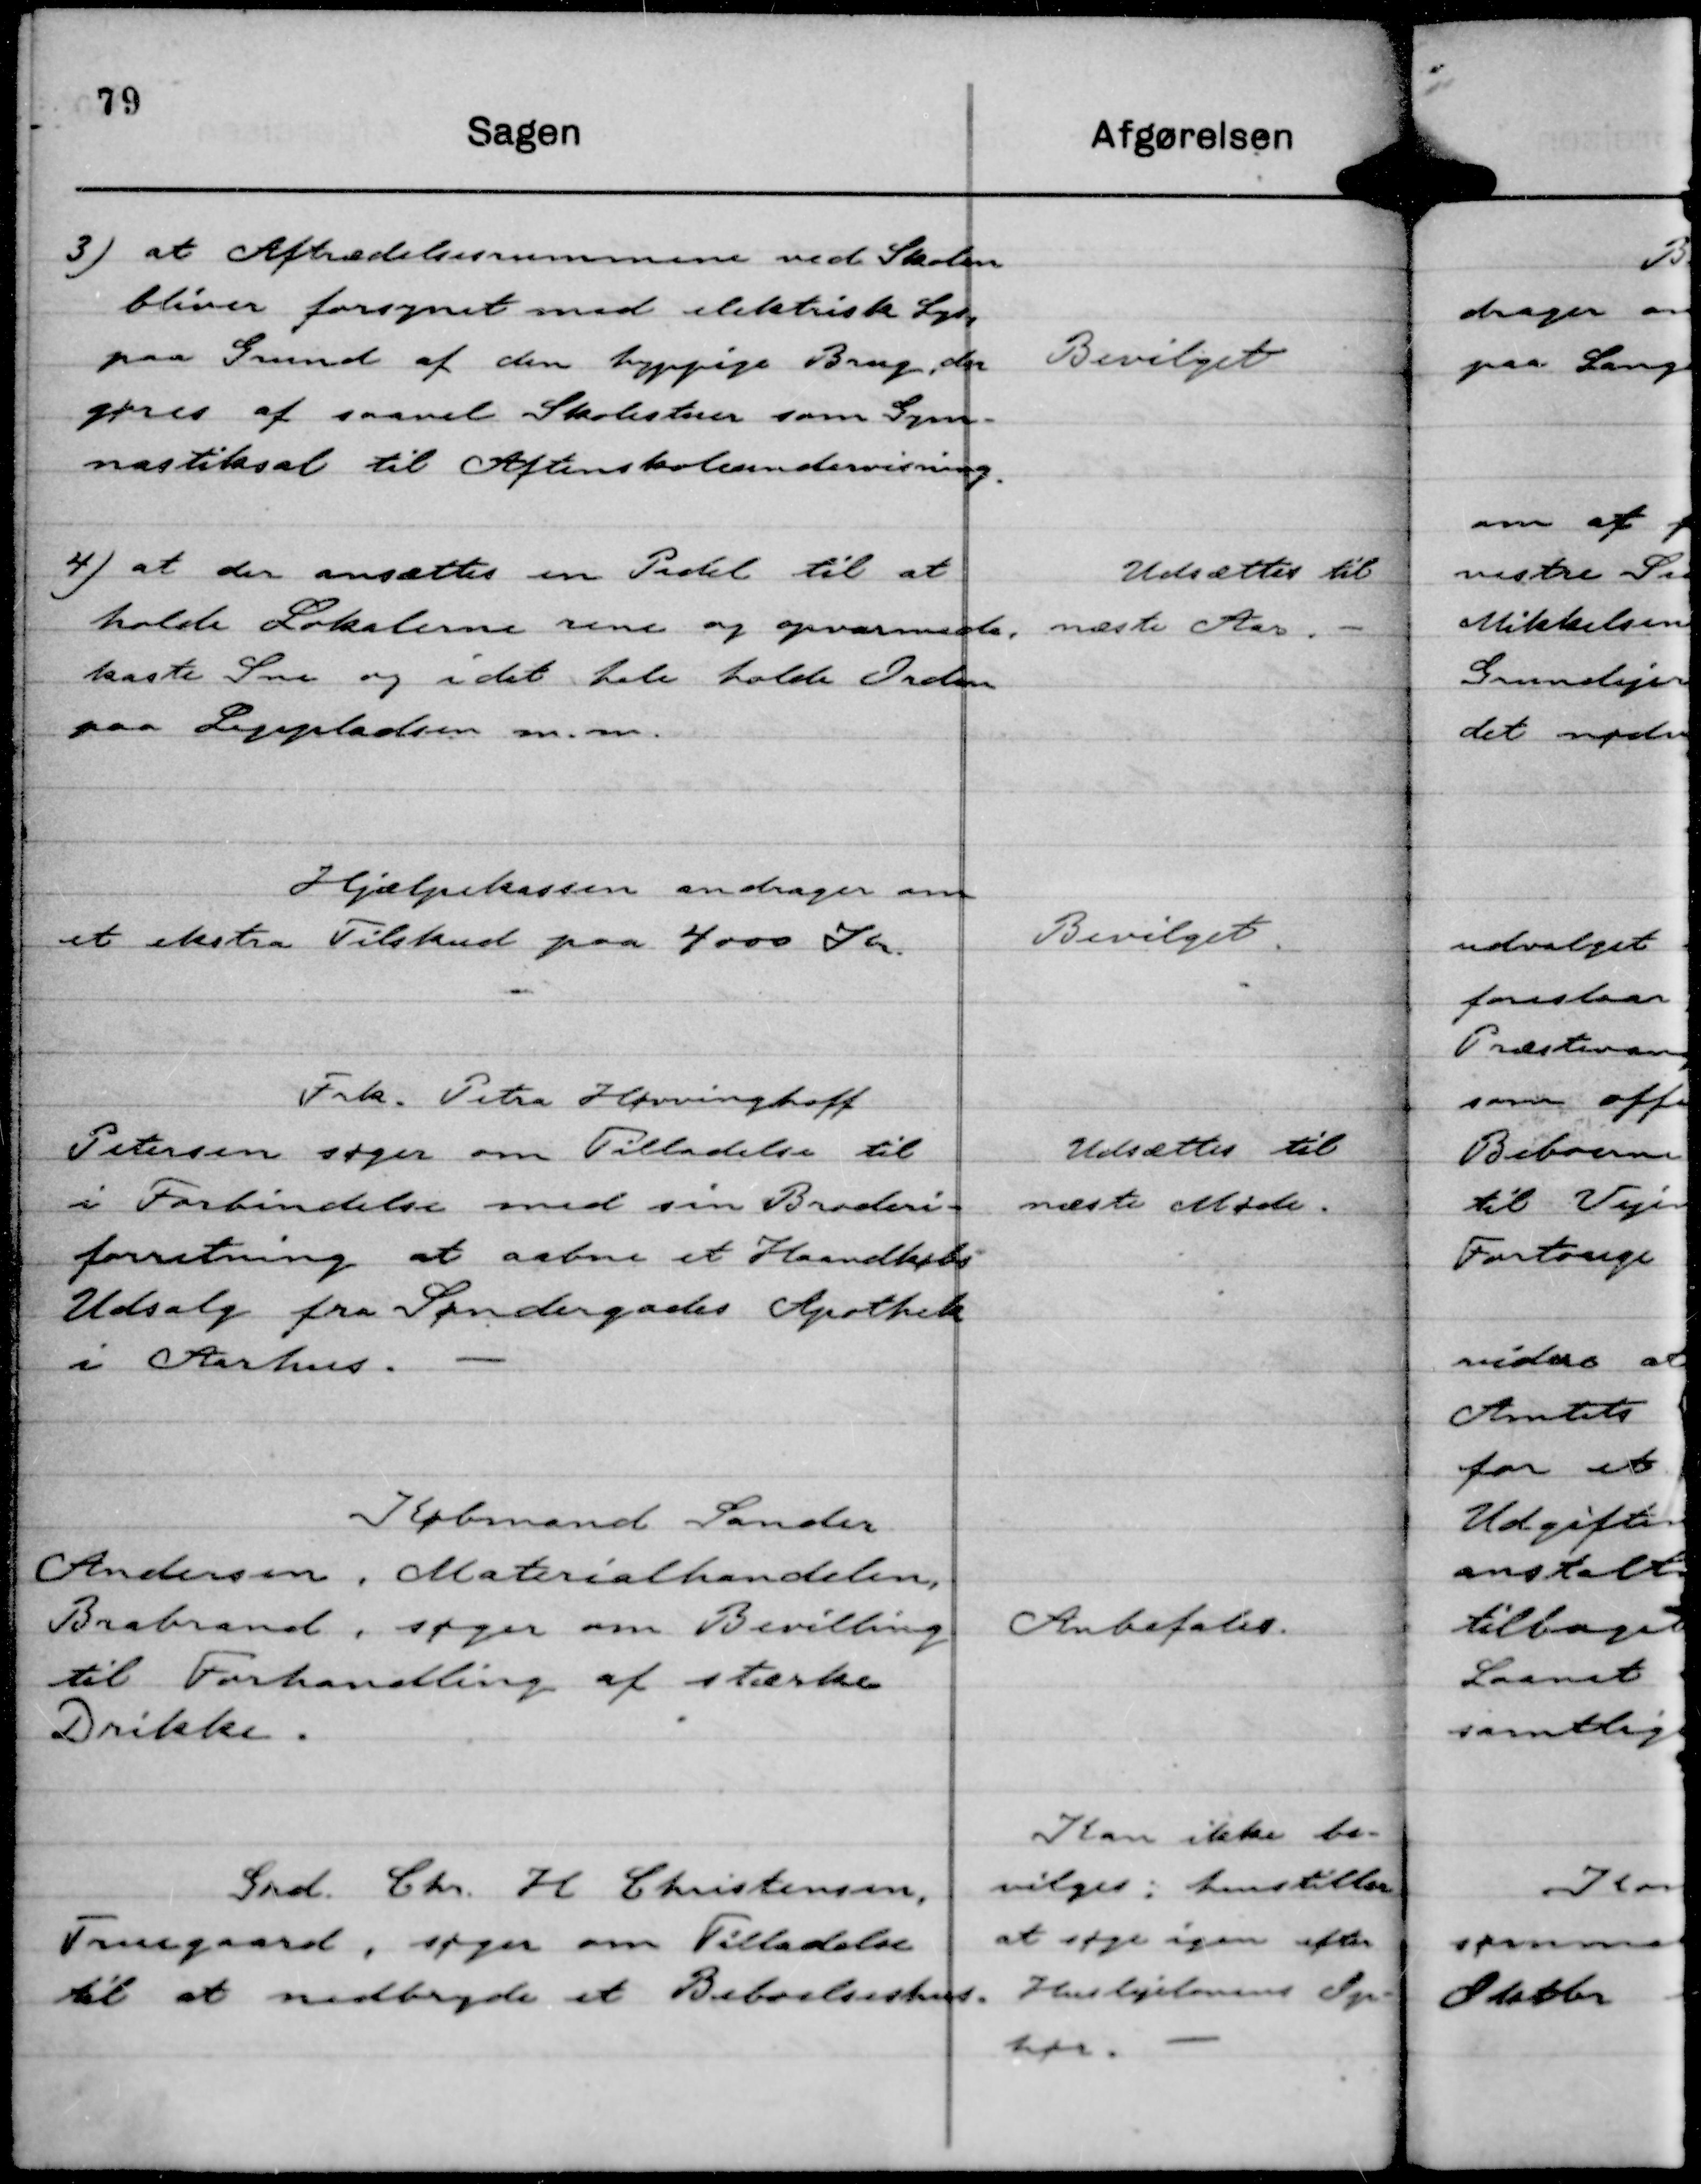
Transskription:
3) at Aftrædelsesrummene ved Skolen
bliver forsynet med elektrisk Lys,
paa Grund af den hyppige Brug, der
gøres af saavel Skolestuer som Gym-
nastiksal til Aftenskoleundervisning.

Bevilget

4) at der ansættes en Pedel til at
holde Lokalerne rene og opvarmede,
kaste Sne og idet hele holde Orden
paa Legepladsen m. m.

Udsættes til
næste Aar.

Hjælpekassen andrager om
et ekstra Tilskud paa 4000 Kr.

Bevilget.

Frk. Petra Høvvinghoff
Petersen søger om Tilladelse til
i Forbindelse med sin Broderi-
forretning at aabne et Haandkøbs
Udsalg fra Søndersgades Apothek
i Aarhus.

Udsættes til
næste Møde.

Købmand Sander
Andersen, Materialhandelen,
Brabrand, søger om Bevilling
til Forhandling af stærke
Drikke.

Anbefales.

Grd. Chr. H Christensen,
Tousgaard, søger om Tilladelse
til at nedbryde et Beboelseshus.

Kan ikke be-
vilges: henstiller
at søge igen efter
Huslejelovens Op-
hør.